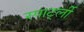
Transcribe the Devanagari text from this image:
स्पार्ट्ली